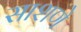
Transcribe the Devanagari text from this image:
साशणे